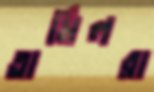
তামিলরা